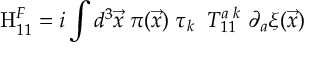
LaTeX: \mathrm { H } _ { 1 1 } ^ { F } = i \int d ^ { 3 } { \vec { x } } \; \pi ( { \vec { x } } ) \; \tau _ { k } \; \; T _ { 1 1 } ^ { a \; k } \; \partial _ { a } { \xi } ( \vec { x } )